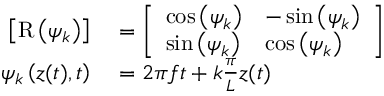
\begin{array} { r l } { \left[ \mathrm { R } \left( \psi _ { k } \right) \right] } & { { } = \left[ \begin{array} { l l } { \cos \left( \psi _ { k } \right) } & { - \sin \left( \psi _ { k } \right) } \\ { \sin \left( \psi _ { k } \right) } & { \cos \left( \psi _ { k } \right) } \end{array} \right] } \\ { \psi _ { k } \left( z ( t ) , t \right) } & { { } = 2 \pi f t + k \frac { \pi } { L } z ( t ) } \end{array}